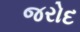
જરોદ